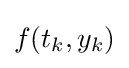
f(t_{k},y_{k})